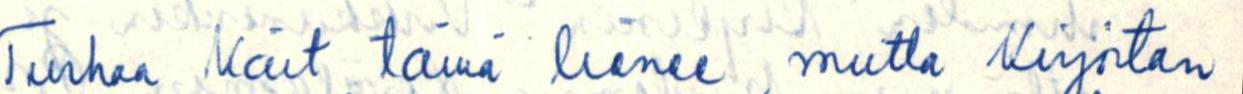
Turhaa kait tämä lienee, mutta Kirjoitan